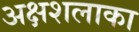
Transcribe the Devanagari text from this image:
अक्षशलाका